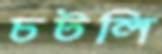
চটলি